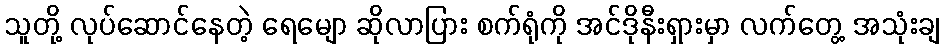
သူတို့ လုပ်ဆောင်နေတဲ့ ရေမျော ဆိုလာပြား စက်ရုံကို အင်ဒိုနီးရှားမှာ လက်တွေ့ အသုံးချ